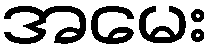
အမေး